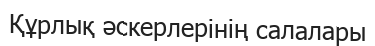
Құрлық әскерлерінің салалары